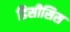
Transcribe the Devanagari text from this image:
डिसीसिस